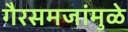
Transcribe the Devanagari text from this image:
गैरसमजांमुळे